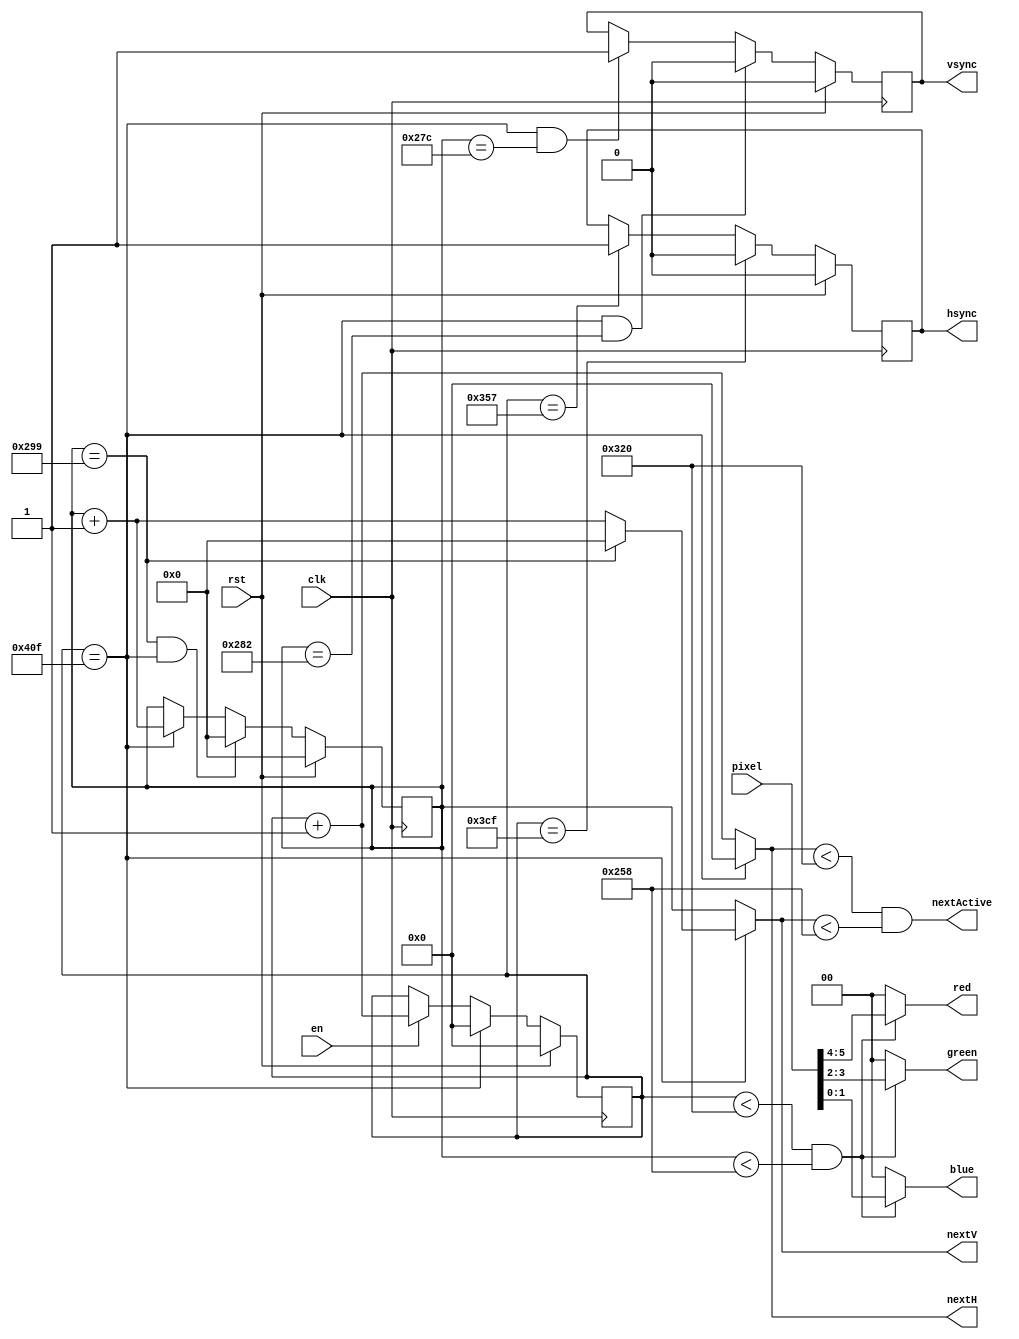
`timescale 1ns / 1ps

module vga(
	input clk,
	input rst,
	input en,
	output [1:0] red,
	output [1:0] green,
	output [1:0] blue,
	output hsync,
	output vsync,
   
   output [10:0] nextH,
   output [ 9:0] nextV,
   output        nextActive,
   input  [ 5:0] pixel
);

// Parameters
parameter H_ACTIVE = 800;
parameter H_FRONT  =  56;
parameter H_SYNC   = 120;
parameter H_BACK   =  64;
parameter H_SIZE   = H_ACTIVE + H_FRONT + H_SYNC + H_BACK;

parameter V_ACTIVE = 600;
parameter V_FRONT  =  37;
parameter V_SYNC   =   6;
parameter V_BACK   =  23;
parameter V_SIZE   = V_ACTIVE + V_FRONT + V_SYNC + V_BACK;

// Horizontal pixel counter
reg [10:0] cntr_h; // Horizontal pixel counter
wire   cntr_hmaxed;
assign cntr_hmaxed = ( cntr_h == H_SIZE-1 );
assign nextH = (cntr_hmaxed) ? 11'b0 : (cntr_h + 1'b1);

always @ (posedge clk)
begin
   if(rst)
		cntr_h <= 0;
	else if(cntr_hmaxed)
		cntr_h <= 0;
	else if(en)
      cntr_h <= cntr_h + 1'b1;
end

// Vertical pixel counter
reg [9:0] cntr_v; // Vertical pixel counter
wire   cntr_vmaxed;
assign cntr_vmaxed = ( cntr_v == V_SIZE-1 );                                             
assign nextV = (cntr_hmaxed) ? (cntr_vmaxed ? 10'b0 : cntr_v + 1'b1) : (cntr_v);

always @ (posedge clk)
begin
   if(rst)
      cntr_v <= 0;
	else if(cntr_vmaxed & cntr_hmaxed)
	   cntr_v <= 0;
   else if(cntr_hmaxed)
      cntr_v <= cntr_v + 1'b1;
end

// Horizontal sync
reg hsync_reg;
always @ (posedge clk)
begin
	if(rst)
		hsync_reg <= 0;
	else if( cntr_h == (H_ACTIVE+H_FRONT+H_SYNC-1) )
		hsync_reg <= 0;
   else if( cntr_h == (H_ACTIVE+H_FRONT-1) )
      hsync_reg <= 1;
end
assign hsync = hsync_reg;

// Vertical sync
reg vsync_reg;
always @ (posedge clk)
begin
	if(rst)
		vsync_reg <= 0;
   else if( (cntr_h == (H_SIZE-1)) & (cntr_v == (V_ACTIVE+V_FRONT+V_SYNC-1)) )
		vsync_reg <= 0;
   else if( (cntr_h == (H_SIZE-1)) & (cntr_v == (V_ACTIVE+V_FRONT-1)) )
      vsync_reg <= 1'b1;
end
assign vsync = vsync_reg;

// Output assignment
assign red   = (cntr_h < H_ACTIVE & cntr_v < V_ACTIVE) ? pixel[5:4] : 2'b0;
assign green = (cntr_h < H_ACTIVE & cntr_v < V_ACTIVE) ? pixel[3:2] : 2'b0;
assign blue  = (cntr_h < H_ACTIVE & cntr_v < V_ACTIVE) ? pixel[1:0] : 2'b0;

assign nextActive = ( (nextH < H_ACTIVE) & (nextV < V_ACTIVE) );

endmodule